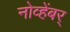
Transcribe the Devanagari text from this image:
नोव्हेंबर्